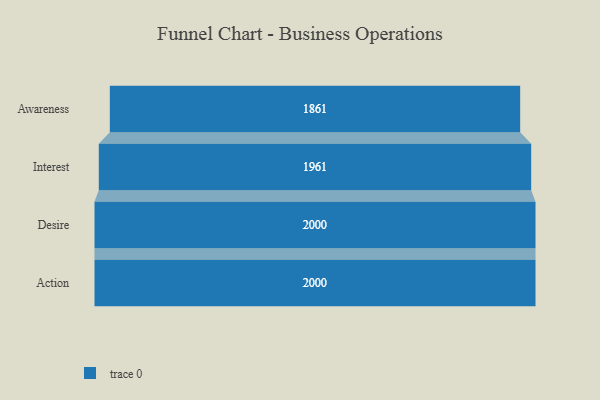
{"axis": {"x": "Stage", "y": "Value"}, "legend": [""], "data": [{"x": "Awareness", "y": 1861.0, "type": ""}, {"x": "Interest", "y": 1961.0, "type": ""}, {"x": "Desire", "y": 2000, "type": ""}, {"x": "Action", "y": 2000, "type": ""}]}